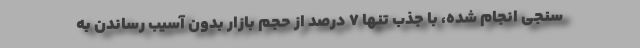
سنجی انجام شده، با جذب تنها 7 درصد از حجم بازار بدون آسیب رساندن به